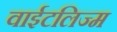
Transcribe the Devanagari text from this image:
वाईटलिज्म